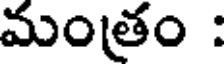
మంతం :